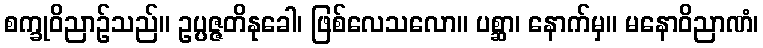
စက္ခုဝိညာဉ်သည်။ ဥပ္ပဇ္ဇတိနုခေါ၊ ဖြစ်လေသလော။ ပစ္ဆာ၊ နောက်မှ။ မနောဝိညာဏံ၊